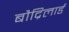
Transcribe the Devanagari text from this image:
बौद्रिलार्ड